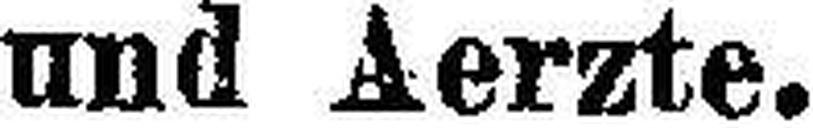
und Aerzte.